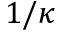
1 / \kappa